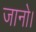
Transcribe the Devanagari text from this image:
जानो।